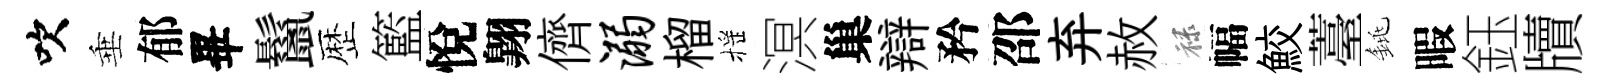
吹垂郁畢鬣歴籃悅翺儕溺榴摇溟巢辯矜邵弃赦禄幅鮫薹銚暇鈺牘